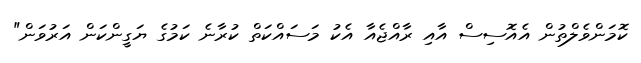
ކޮމަންވެލްތުން އެއޮސިސް އާއި ރާއްޖެއާ އެކު މަސައްކަތް ކުރާނެ ކަމުގެ ޔަގީންކަން އަރުވަން"